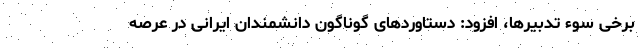
برخی سوء تدبیرها، افزود: دستاوردهای گوناگون دانشمندان ایرانی در عرصه